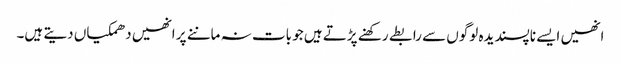
انھیں ایسے ناپسندیدہ لوگوں سے رابطے رکھنے پڑتے ہیں جو بات نہ ماننے پر انھیں دھمکیاں دیتے ہیں۔